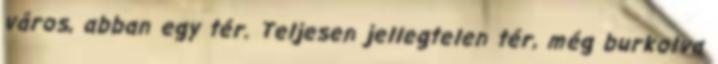
város, abban egy tér. Teljesen jellegtelen tér, még burkolva